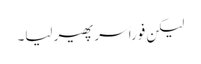
لیکن فوراً سر پھیر لیا۔